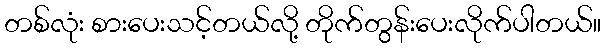
တစ်လုံး စားပေးသင့်တယ်လို့ တိုက်တွန်းပေးလိုက်ပါတယ်။